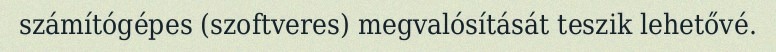
számítógépes (szoftveres) megvalósítását teszik lehetővé.